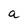
Character: a